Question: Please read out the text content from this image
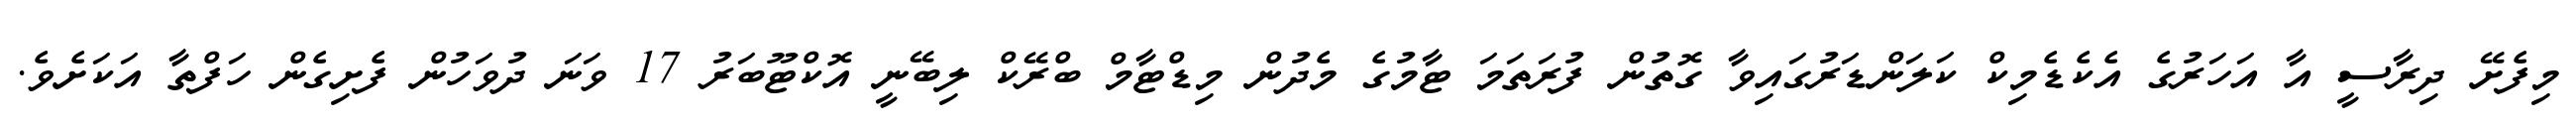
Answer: މިފެށޭ ދިރާސީ އާ އަހަރުގެ އެކެޑެމިކް ކަލަންޑަރުގައިވާ ގޮތުން ފުރަތަމަ ޓާމުގެ މެދުން މިޑްޓާމް ބްރޭކް ލިބޭނީ އޮކްޓޫބަރު 17 ވަނަ ދުވަހުން ފެށިގެން ހަފްތާ އަކަށެވެ.